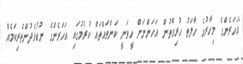
"އަހަރެންގެ މިހާރުގެ ހާލަތު ހުރިގޮތުން އަހަންނަށް ހީވަނީ ކަންތައްތައް ކުރުމުގައި އަހަރެންގެ ނުކުޅެދުންތެރިކަމެއް